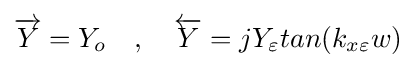
{\overrightarrow {Y}}=Y_{o}\ \ \ ,\ \ \ {\overleftarrow {Y}}=jY_{\varepsilon }tan(k_{x\varepsilon }w)